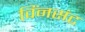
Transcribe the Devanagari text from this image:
विंनसंट